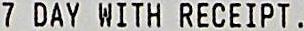
7 DAY WITH RECEIPT .